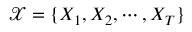
\mathcal { X } = \{ X _ { 1 } , X _ { 2 } , \cdots , X _ { T } \}